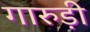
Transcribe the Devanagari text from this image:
गारुड़ी